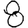
Digit: 8